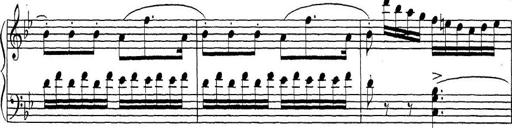
Title: ÄŒeskÃ© Sonatiny
Composer: Various